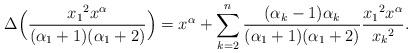
LaTeX: \begin{align*} \Delta\Bigl( \frac{ {x_1}^2 x^\alpha }{ (\alpha_1 + 1)(\alpha_1 + 2) } \Bigr) = x^\alpha + \sum_{k=2}^n \frac{ (\alpha_k - 1) \alpha_k }{ (\alpha_1 + 1)(\alpha_1 + 2) } \frac{ {x_1}^2 x^\alpha }{ {x_k}^2 }.\end{align*}